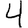
Digit: 4